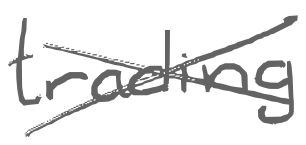
Text: trading
Cross-out: cross
Writing tool: digital_gray